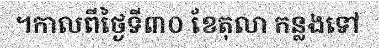
។កាលពីថ្ងៃទី៣០ ខែតុលា កន្លងទៅ